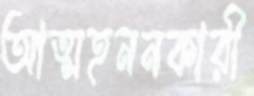
আত্মহননকারী